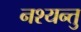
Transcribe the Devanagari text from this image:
नश्यन्तु